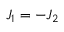
J _ { 1 } = - J _ { 2 }